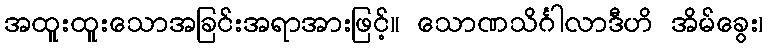
အထူးထူးသောအခြင်းအရာအားဖြင့်။ သောဏသိင်္ဂါလာဒီဟိ အိမ်ခွေး၊